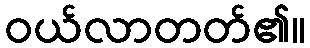
ဝယ်လာတတ်၏။